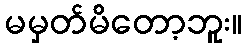
မမှတ်မိတော့ဘူး။